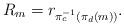
LaTeX: \begin{align*}R_{m}=r_{\pi_{c}^{-1}\left(\pi_{d}\left(m\right)\right)}.\end{align*}